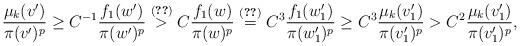
\begin{align*}\frac{\mu_k(v')}{\pi(v')^p} \ge C^{-1}\frac{f_{1}(w')}{\pi(w')^p} \stackrel{\eqref{e:in8}}{>} C \frac{f_{1}(w)}{\pi(w)^p} \stackrel{\eqref{e:in7}}{=} C^3 \frac{f_{1}(w_{1}')}{\pi(w_{1}')^p} \ge C^3 \frac{\mu_k(v_{1}')}{\pi(v_{1}')^p}> C^2 \frac{\mu_k(v_{1}')}{\pi(v_{1}')^p},\end{align*}